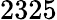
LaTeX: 2325